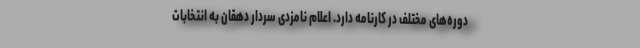
دوره‌های مختلف در کارنامه دارد. اعلام نامزدی سردار دهقان به انتخابات